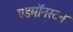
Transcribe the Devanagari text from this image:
एडमॉनस्टन